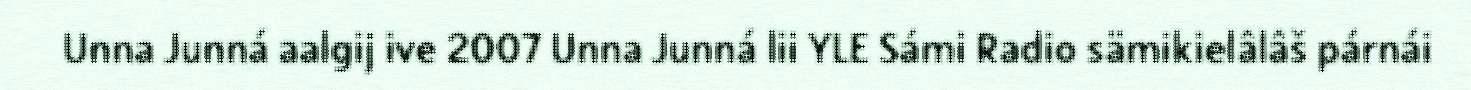
Unna Junná aalgij ive 2007 Unna Junná lii YLE Sámi Radio sämikielâlâš párnái